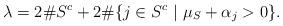
LaTeX: \begin{align*} \lambda = 2\#S^c + 2\#\{j \in S^c \ | \ \mu_S + \alpha_j > 0 \}.\end{align*}